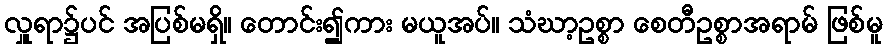
လှူရာ၌ပင် အပြစ်မရှိ။ တောင်း၍ကား မယူအပ်။ သံဃာ့ဥစ္စာ စေတီဥစ္စာအရာမ် ဖြစ်မူ